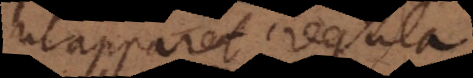
ut apparet regula